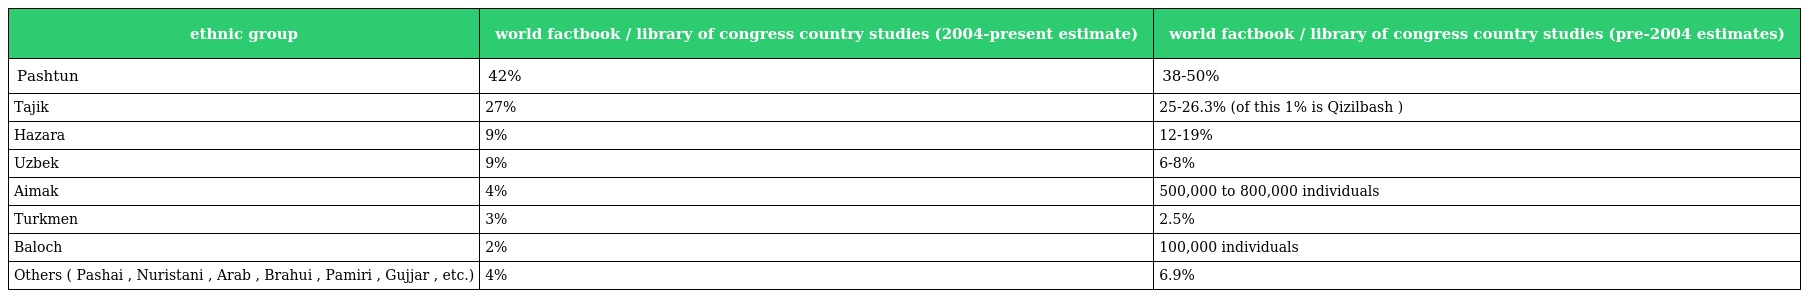
| ethnic group | world factbook / library of congress country studies (2004-present estimate) | world factbook / library of congress country studies (pre-2004 estimates) |
 | --- | --- | --- |
 | Pashtun | 42% | 38-50% |
 | Tajik | 27% | 25-26.3% (of this 1% is Qizilbash ) |
 | Hazara | 9% | 12-19% |
 | Uzbek | 9% | 6-8% |
 | Aimak | 4% | 500,000 to 800,000 individuals |
 | Turkmen | 3% | 2.5% |
 | Baloch | 2% | 100,000 individuals |
 | Others ( Pashai , Nuristani , Arab , Brahui , Pamiri , Gujjar , etc.) | 4% | 6.9% |